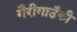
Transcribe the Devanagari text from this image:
गैरीगाउँकी